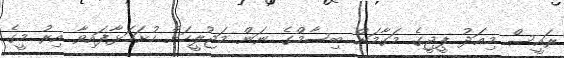
ރައީސް މިއަދު ޕީޖީގެ މަގާމަށް ބިސާމްގެ ނަން މަޖުލީހަށް ހުށަހަޅާފައިވާ އިރު މީގެ